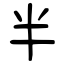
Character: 半